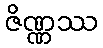
ဇိဏ္ဏဿ